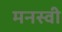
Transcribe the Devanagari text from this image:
मनस्‍वी